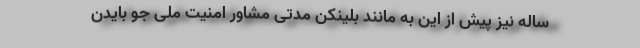
ساله نیز پیش از این به مانند بلینکن مدتی مشاور امنیت ملی جو بایدن